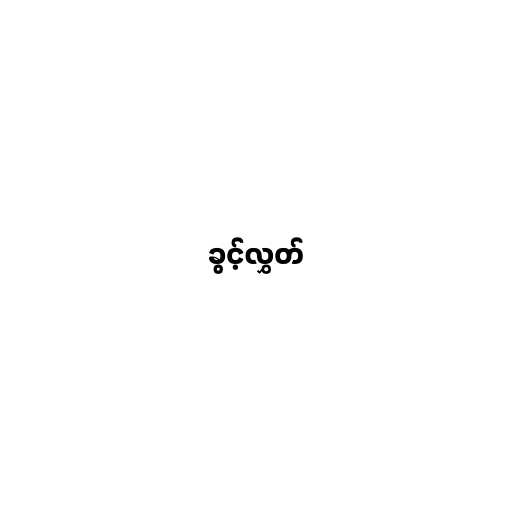
ခွင့်လွှတ်